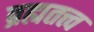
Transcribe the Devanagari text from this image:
ब्रह्मतत्त्व